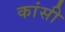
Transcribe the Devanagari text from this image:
कांसी